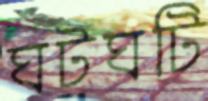
ঘটঘটি